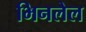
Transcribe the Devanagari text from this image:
भिनलेल